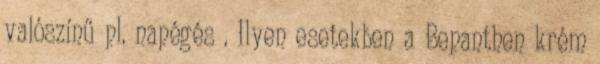
valószínű pl. napégés . Ilyen esetekben a Bepanthen krém